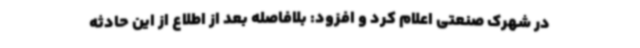
در شهرک صنعتی اعلام کرد و افزود: بلافاصله بعد از اطلاع از این حادثه